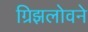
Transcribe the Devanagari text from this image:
ग्रिझलोवने